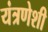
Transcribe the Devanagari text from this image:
यंत्रणेशी